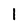
Character: l